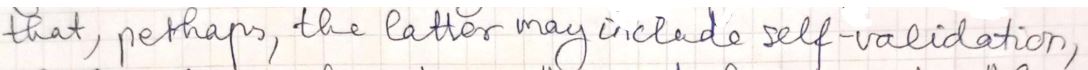
that, perhaps, the latter may include self validation,